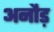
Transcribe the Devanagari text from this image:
अनौड़